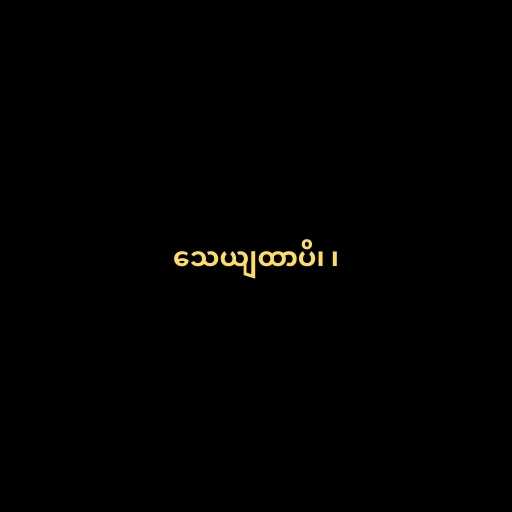
သေယျထာပိ၊ ၊